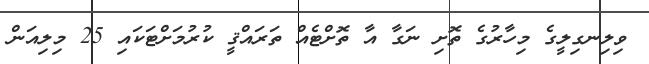
ވިލިނގިލީގެ މިހާރުގެ ތޮށި ނަގާ އާ ތޮށްޓެއް ތަރައްޤީ ކުރުމަށްޓަކައި 25 މިލިއަން